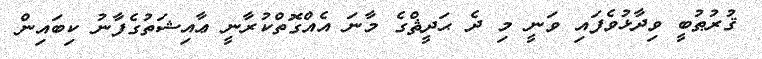
ޤުރުޠުބީ ވިދާޅުވެފައި ވަނީ މި ދެ ޙަދީޘްގެ މާނަ އެއްގޮތްކުރާނީ ޢާއިޝަތުގެފާނު ކިބައިން